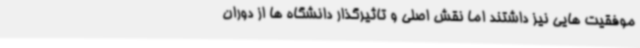
موفقیت هایی نیز داشتند اما نقش اصلی و تاثیرگذار دانشگاه ها از دوران